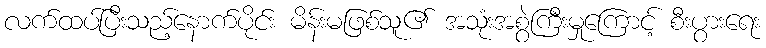
လက်ထပ်ပြီးသည့်နောက်ပိုင်း မိန်းမဖြစ်သူ၏ အသုံးအစွဲကြီးမှုကြောင့် စီးပွားရေး